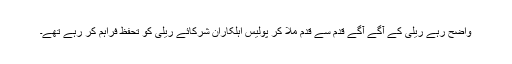
واضح رہے ریلی کے آگے آگے قدم سے قدم ملا کر پولیس اہلکاران شرکائے ریلی کو تحفظ فراہم کر رہے تھے۔